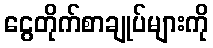
ငွေတိုက်စာချုပ်များကို